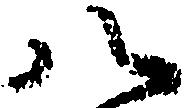
八